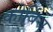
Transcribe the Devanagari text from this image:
कोर्बिस